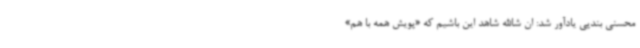
محسنی بندپی یادآور شد: ان شاالله شاهد این باشیم که «پویش همه با هم»